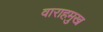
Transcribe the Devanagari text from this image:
वाराहमुख